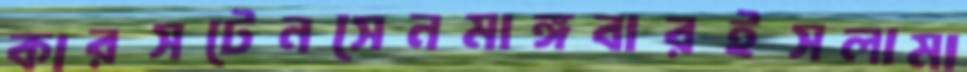
কারসটেনসেনমাঙ্গবারইসলামা